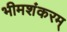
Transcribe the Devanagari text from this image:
भीमशंकरम्